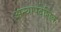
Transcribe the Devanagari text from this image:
अन्यापदेशिक